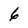
Character: 6